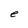
Character: e